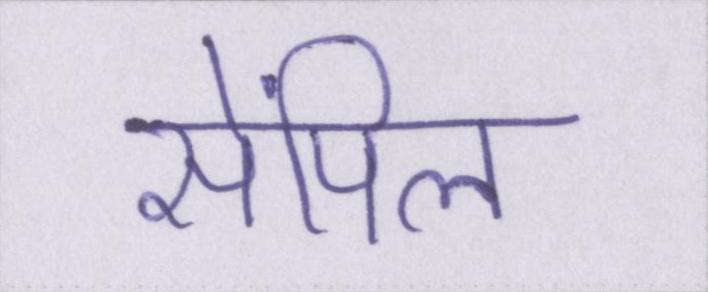
सेंपिल